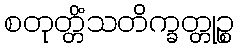
စတုတ္တိံသတိက္ခတ္တုဉ္စ